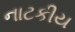
નાટકીય